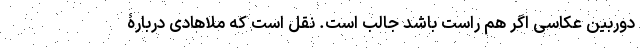
دوربین عکاسی اگر هم راست باشد جالب است. نقل است که ملاهادی دربارۀ